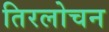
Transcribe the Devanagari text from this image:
तिरलोचन